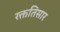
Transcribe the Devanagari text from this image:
रक्ततिसार